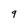
Character: 9